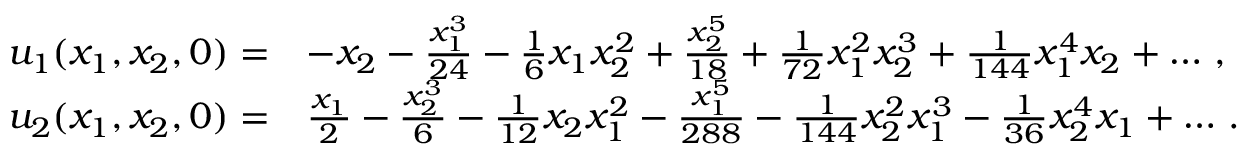
\begin{array} { r l } { u _ { 1 } ( x _ { 1 } , x _ { 2 } , 0 ) = } & { - x _ { 2 } - \frac { x _ { 1 } ^ { 3 } } { 2 4 } - \frac { 1 } { 6 } x _ { 1 } x _ { 2 } ^ { 2 } + \frac { x _ { 2 } ^ { 5 } } { 1 8 } + \frac { 1 } { 7 2 } x _ { 1 } ^ { 2 } x _ { 2 } ^ { 3 } + \frac { 1 } { 1 4 4 } x _ { 1 } ^ { 4 } x _ { 2 } + \dots \, , } \\ { u _ { 2 } ( x _ { 1 } , x _ { 2 } , 0 ) = } & { \frac { x _ { 1 } } { 2 } - \frac { x _ { 2 } ^ { 3 } } { 6 } - \frac { 1 } { 1 2 } x _ { 2 } x _ { 1 } ^ { 2 } - \frac { x _ { 1 } ^ { 5 } } { 2 8 8 } - \frac { 1 } { 1 4 4 } x _ { 2 } ^ { 2 } x _ { 1 } ^ { 3 } - \frac { 1 } { 3 6 } x _ { 2 } ^ { 4 } x _ { 1 } + \dots \, . } \end{array}